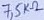
Text: 7,5KΩ